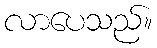
လာပေသည်။